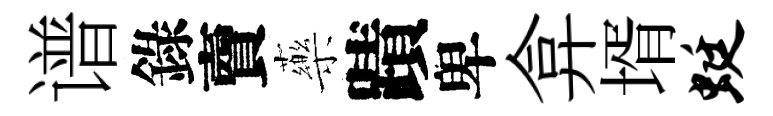
谱錄𧶠藥蹟卑弇壻蜓